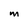
Character: M